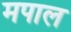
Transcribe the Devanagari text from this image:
मपाल